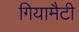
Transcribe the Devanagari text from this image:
गियामैटी